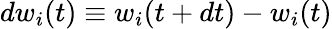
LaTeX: dw_{i}(t)\equiv w_{i}(t+dt)-w_{i}(t)